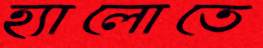
হ্যালোতে